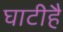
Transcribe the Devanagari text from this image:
घाटीहै